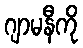
ဂျာမနီကို